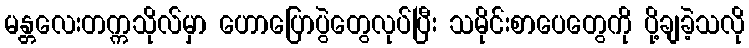
မန္တလေးတက္ကသိုလ်မှာ ဟောပြောပွဲတွေလုပ်ပြီး သမိုင်းစာပေတွေကို ပို့ချခဲ့သလို